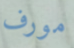
مورف